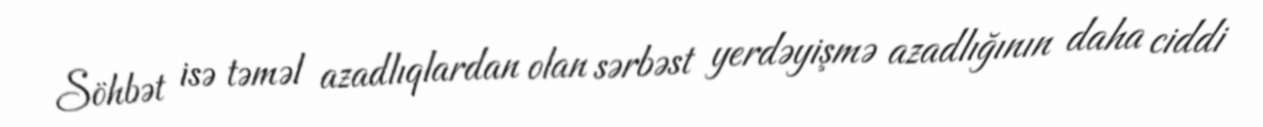
Söhbət isə təməl azadlıqlardan olan sərbəst yerdəyişmə azadlığının daha ciddi